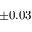
\pm 0 . 0 3